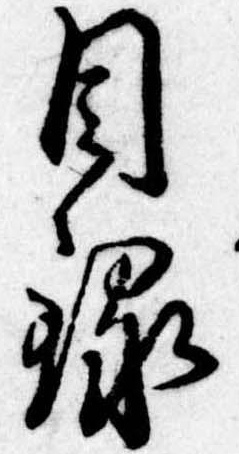
目録